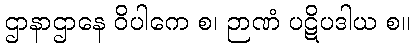
ဌာနာဌာနေ ဝိပါကေ စ၊ ဉာဏံ ပဋိပဒါယ စ။